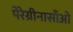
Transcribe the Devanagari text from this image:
पेरेग्रीनासाँओ